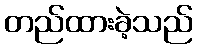
တည်ထားခဲ့သည်